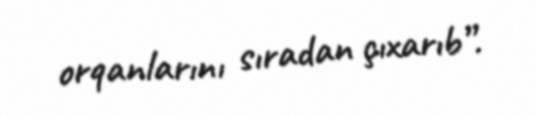
orqanlarını sıradan çıxarıb”.